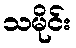
သမိုင်း